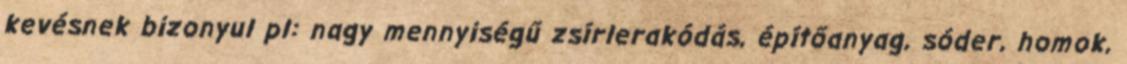
kevésnek bizonyul pl: nagy mennyiségű zsírlerakódás, építőanyag, sóder, homok,